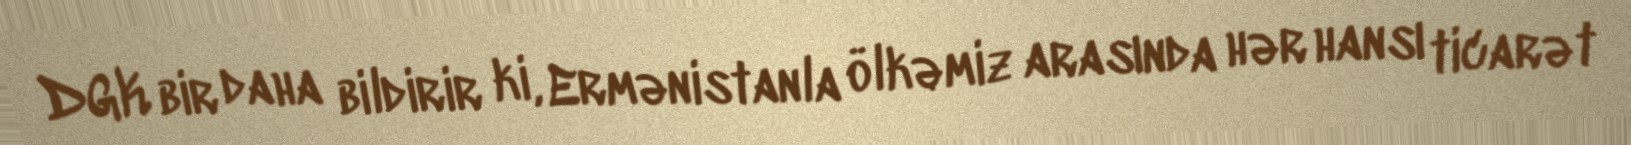
DGK bir daha bildirir ki, Ermənistanla ölkəmiz arasında hər hansı ticarət